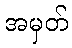
အမှတ်